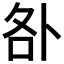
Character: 𠧨